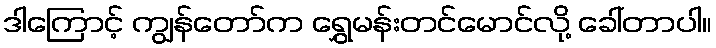
ဒါကြောင့် ကျွန်တော်က ရွှေမန်းတင်မောင်လို့ ခေါ်တာပါ။